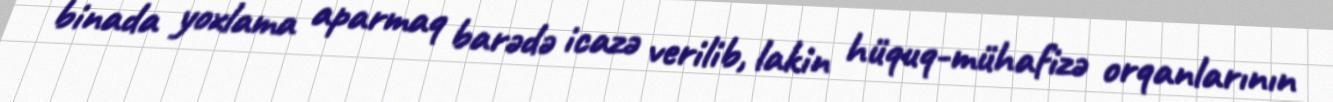
binada yoxlama aparmaq barədə icazə verilib, lakin hüquq-mühafizə orqanlarının